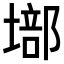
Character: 𡏿